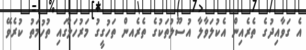
އެ ގަވާއިދުގެ ތެރެއިން އެކުލަވާލާ އުސޫލުތަކުގެ ތެރެއން ތަހުގީގު މަރުހަލާގައި ތުހުމަތު ކުރެވޭ